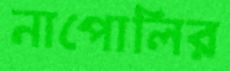
নাপোলির